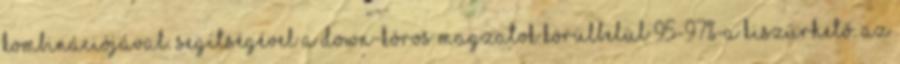
kombinációjával. Segítségével a Down-kóros magzatok körülbelül 95-97%-a kiszűrhető. Az